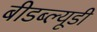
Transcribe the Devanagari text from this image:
बीडब्ल्यूडी